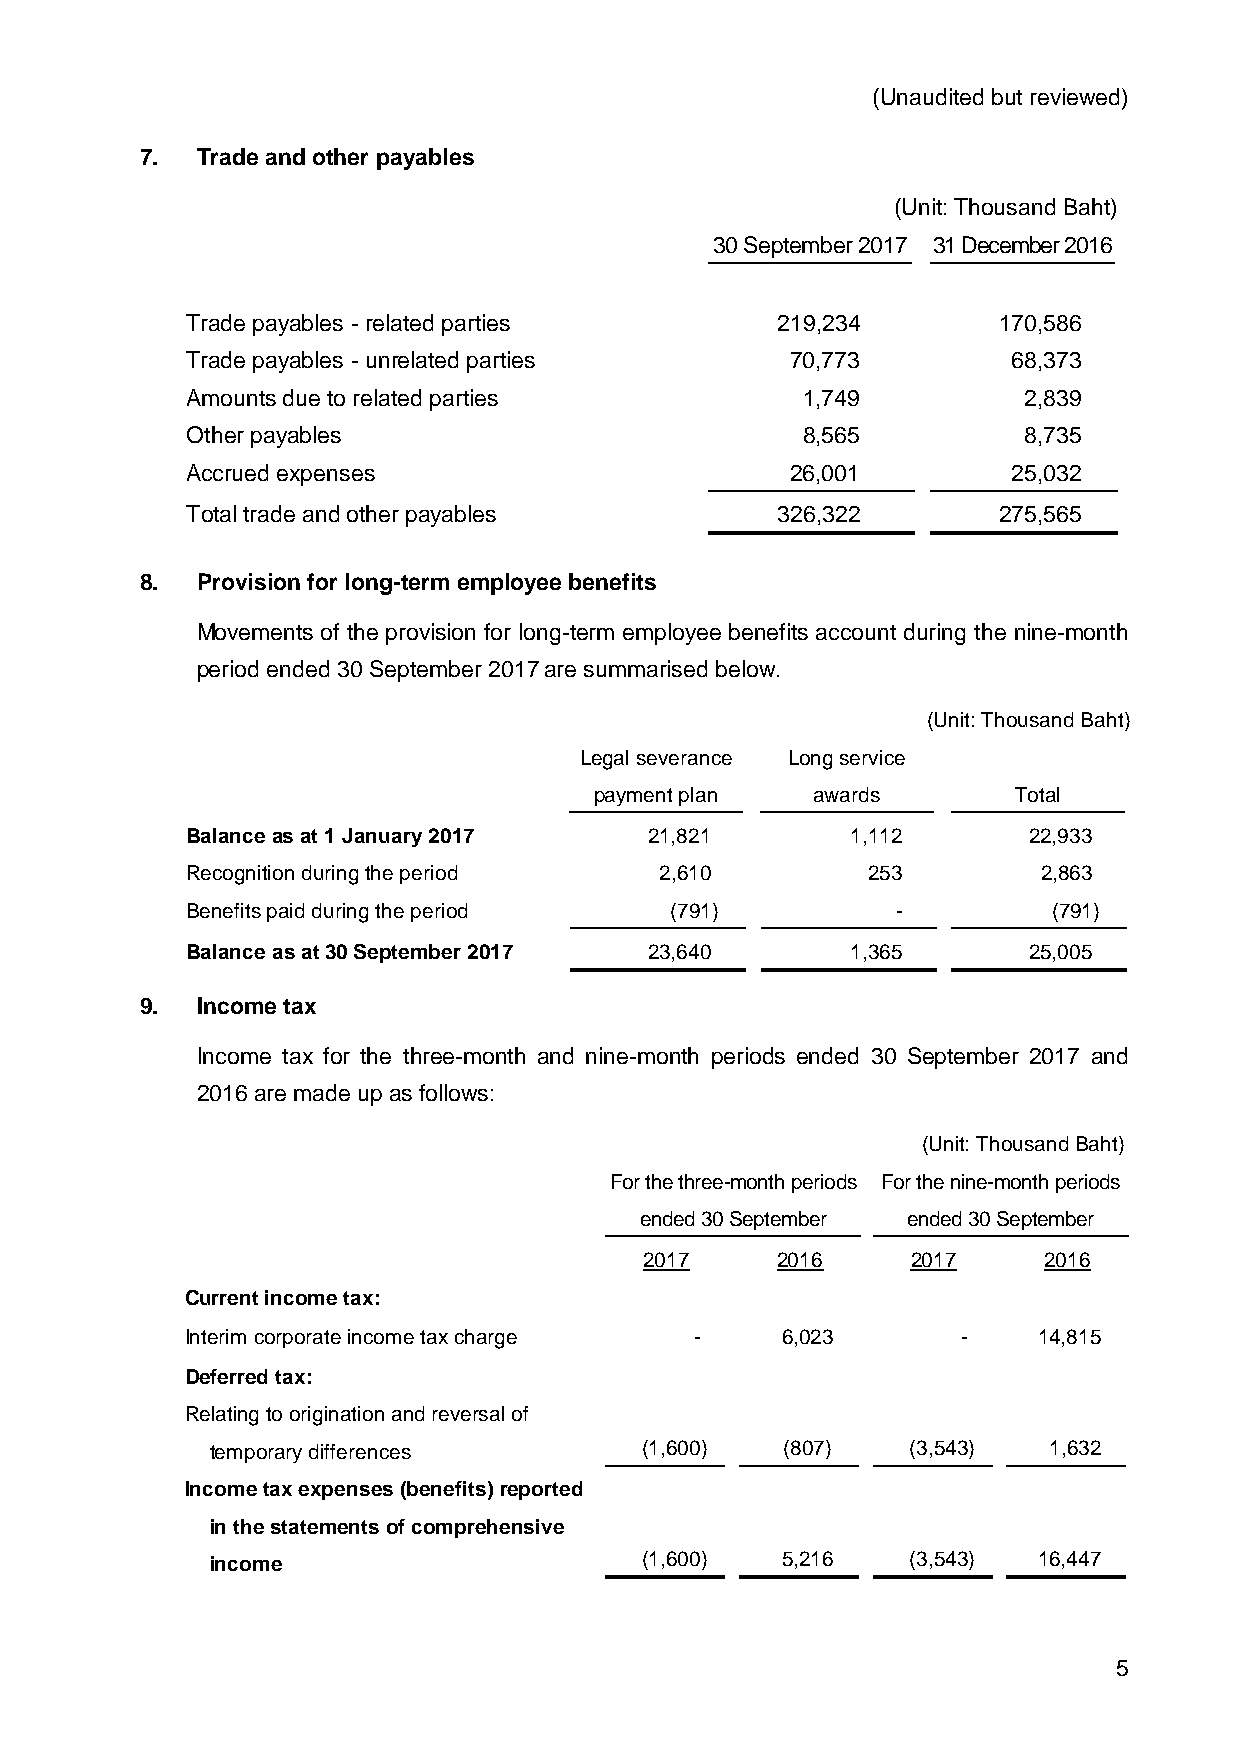
(Unaudited but reviewed)
 7.  Trade and other payables
 (Unit: Thousand Baht)
 30 September 2017 31 December 2016
 Trade payables - related parties       219,234        170,586
 Trade payables - unrelated parties      70,773         68,373
 Amounts due to related parties           1,749          2,839
 Other payables                           8,565          8,735
 Accrued expenses                        26,001         25,032
 Total trade and other payables         326,322        275,565
 8.  Provision for long-term employee benefits
 Movements of the provision for long-term employee benefits account during the nine-month
 period ended 30 September 2017 are summarised below.
 (Unit: Thousand Baht)
 Legal severance Long service
 payment plan   awards       Total
 Balance as at 1 January 2017   21,821       1,112       22,933
 Recognition during the period   2,610        253         2,863
 Benefits paid during the period (791)          -          (791)
 Balance as at 30 September 2017 23,640      1,365       25,005
 9.  Income tax
 Income tax for the three-month and nine-month periods ended 30 September 2017 and
 2016 are made up as follows:
 (Unit: Thousand Baht)
 For the three-month periods For the nine-month periods
 ended 30 September ended 30 September
 2017    2016     2017     2016
 Current income tax:
 Interim corporate income tax charge -   6,023       -    14,815
 Deferred tax:
 Relating to origination and reversal of
 temporary differences       (1,600)   (807)   (3,543)  1,632
 Income tax expenses (benefits) reported
 in the statements of comprehensive
 income                      (1,600)   5,216   (3,543)  16,447
 5